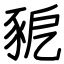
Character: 豟